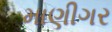
માણીગર